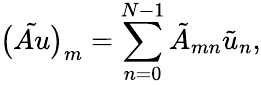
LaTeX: \big(\tilde{Au}\big)_{m}=\sum_{n=0}^{N-1}\tilde{A}_{mn}\tilde{u}_{n},